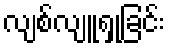
လျစ်လျူရှုခြင်း